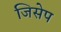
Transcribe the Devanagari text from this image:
जिसेप